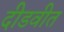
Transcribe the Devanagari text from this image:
दीडवीत